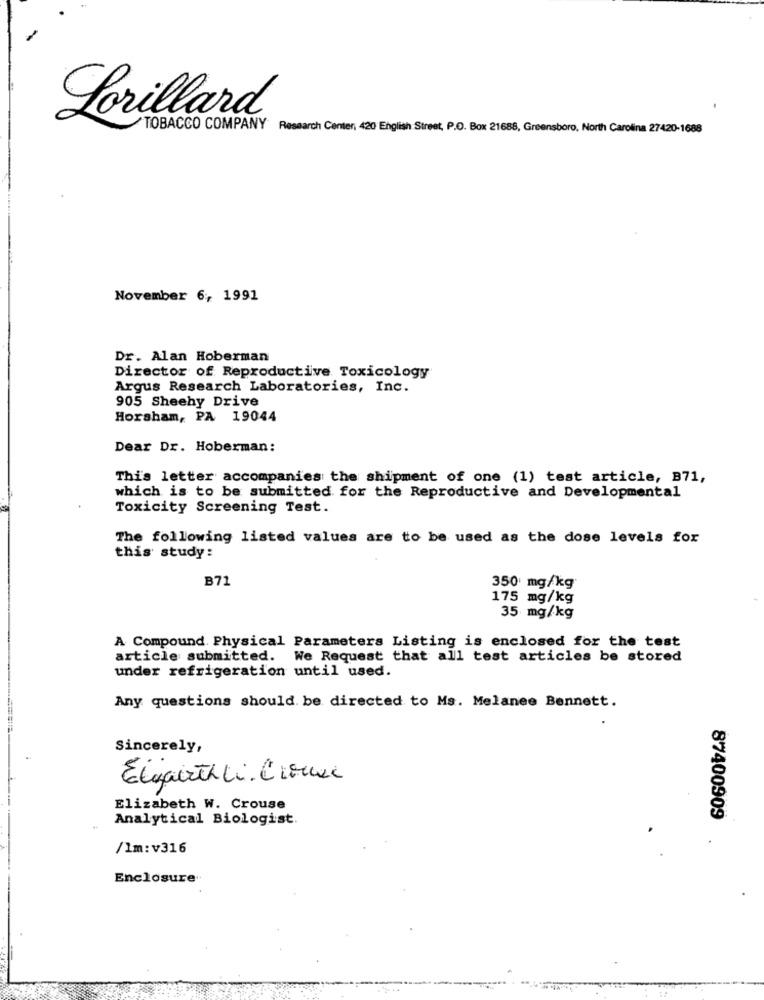
Lorillard
TOBACCO COMPANY Research Center, 420 English Street, P.O. Box 21688, Greensboro, North Carolina 27420-1688
November 6, 1991
Dr. Alan Hoberman
Director of Reproductive Toxicology
Argus Research Laboratories, Inc.
905 Sheehy Drive
Horsham, PA 19044
Dear Dr. Hoberman:
This letter accompanies the shipment of one (1) test article, B71,
which is to be submitted for the Reproductive and Developmental
Toxicity Screening Test.
The following listed values are to be used as the dose levels for
this study:
B71
350 mg/kg
175 mg/kg
35 mg/kg
A Compound. Physical Parameters Listing is enclosed for the test
article submitted. We Request that all test articles be stored
under refrigeration until used.
Any questions should be directed to Ms. Melanee Bennett.
Sincerely,
Elgarth Li. Comxx
Elizabeth W. Crouse
Analytical Biologist.
87400909
/lm:v316
Enclosure